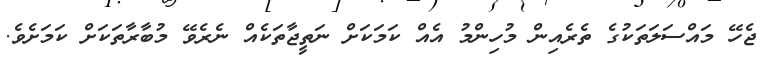
ޖެހޭ މައްސަލަތަކުގެ ތެރެއިން މުހިންމު އެއް ކަމަކަށް ނަތީޖާތަކެއް ނެރެވޭ މުބާރާތަކަށް ކަމަށެވެ.